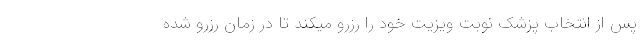
پس از انتخاب پزشک نوبت ویزیت خود را رزرو میکند تا در زمان رزرو شده